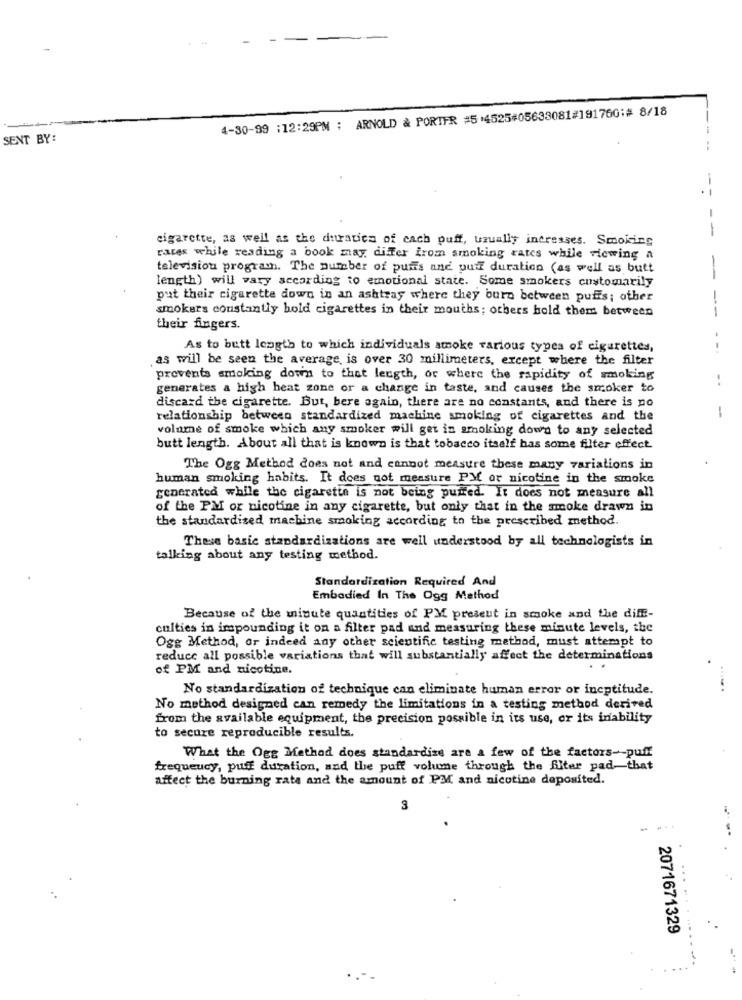
4-30-99 :12:29PM ; ARNOLD & PORTER #5 :4525#05633081#191760:# 8/18
SENT BY:
-
cigarette, as well as the duratica of cach puff, usually intresses. Smoking
rares while reading a book may differ from smoking rates while viewing a
television program. The number of putts and putt duration (as well as butt
length) will vary according to emotional state. Some smokers customarily
put their cigarette down in an ashtray where they bura between puffs; other
smokers constantly hold cigarettes in their mouths; others hold them between
--
their fingers.
As to butt length to which individuals smoke various types of cigarettes,
--.
as will be seen the average, is over 30 millimeters, except where the filter
prevents smoking down to that length, or where the rapidity of smoking
generates a high heat zone or a change in taste, and causes the smoker to
-.
discard the cigarette. But, bere again, there are no constants, and there is no
relationship between standardized machine smoking of cigarettes and the
-
volume of smoke which any smoker will get in smoking dows to any selected
butt length. About all that is known is that tobacco itself has some filter effect
The Ogg Method does not and cannot measure these many variations in
human smoking habits. It does not measure PM or nicotine in the smoke
generated while the cigarette is not being purred. It does not measure all
of the PM or nicotine in any cigarette, but only that in the smoke drawn in
the standardized machine smoking according to the prescribed method.
These basic standardizations are well understood by all technologists in
talking about any testing method.
Standardization Required And
Embodied In The Ogg Method
Because of the minute quantities of PM present in smoke and the diff-
culties in impounding it on a filter pad and measuring these minute levels, the
Ogg Method, or indeed any other scientific testing method, must attempt to
reduce all possible variations that will substantially affect the determinations
of PM and nicotine.
No standardization of technique can eliminate human error or ineptitude.
No method designed can remedy the limitations in a testing method derived
from the available equipment, the precision possible in its use, or its inability
to secure reproducible results.
What the Ogg Method does standardize are a few of the factors -- puff
frequency, puff duration, and the puff volume through the Alter pad-that
affect the burning rate and the amount of PM and nicotine deposited.
3
---
2071671329